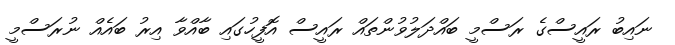
ނައިބު ރައީސްގެ ރަސްމީ ބައްދަލުވުންތައް ރައީސް އޮފީހުގައި ބާއްވާ އިރު ބައެއް ނުރަސްމީ